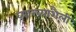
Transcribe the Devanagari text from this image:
व्याख्याशैली